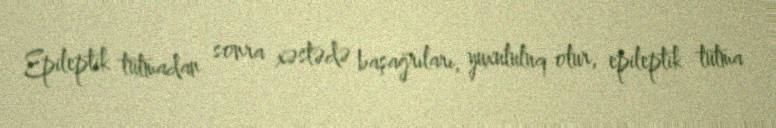
Epileptik tutmadan sonra xəstədə başağrıları, yuxululuq olur, epileptik tutma